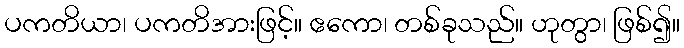
ပကတိယာ၊ ပကတိအားဖြင့်။ ဧကော၊ တစ်ခုသည်။ ဟုတွာ၊ ဖြစ်၍။